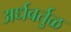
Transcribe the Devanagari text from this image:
अर्धवर्तुळ